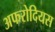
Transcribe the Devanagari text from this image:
अफरोदियस